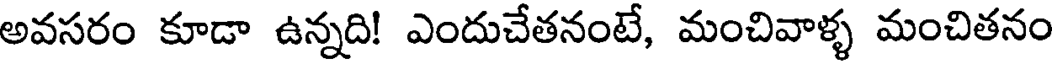
అవసరం కూడా ఉన్నది! ఎందుచేతనంటే, మంచివాళ్ళ మంచితనం